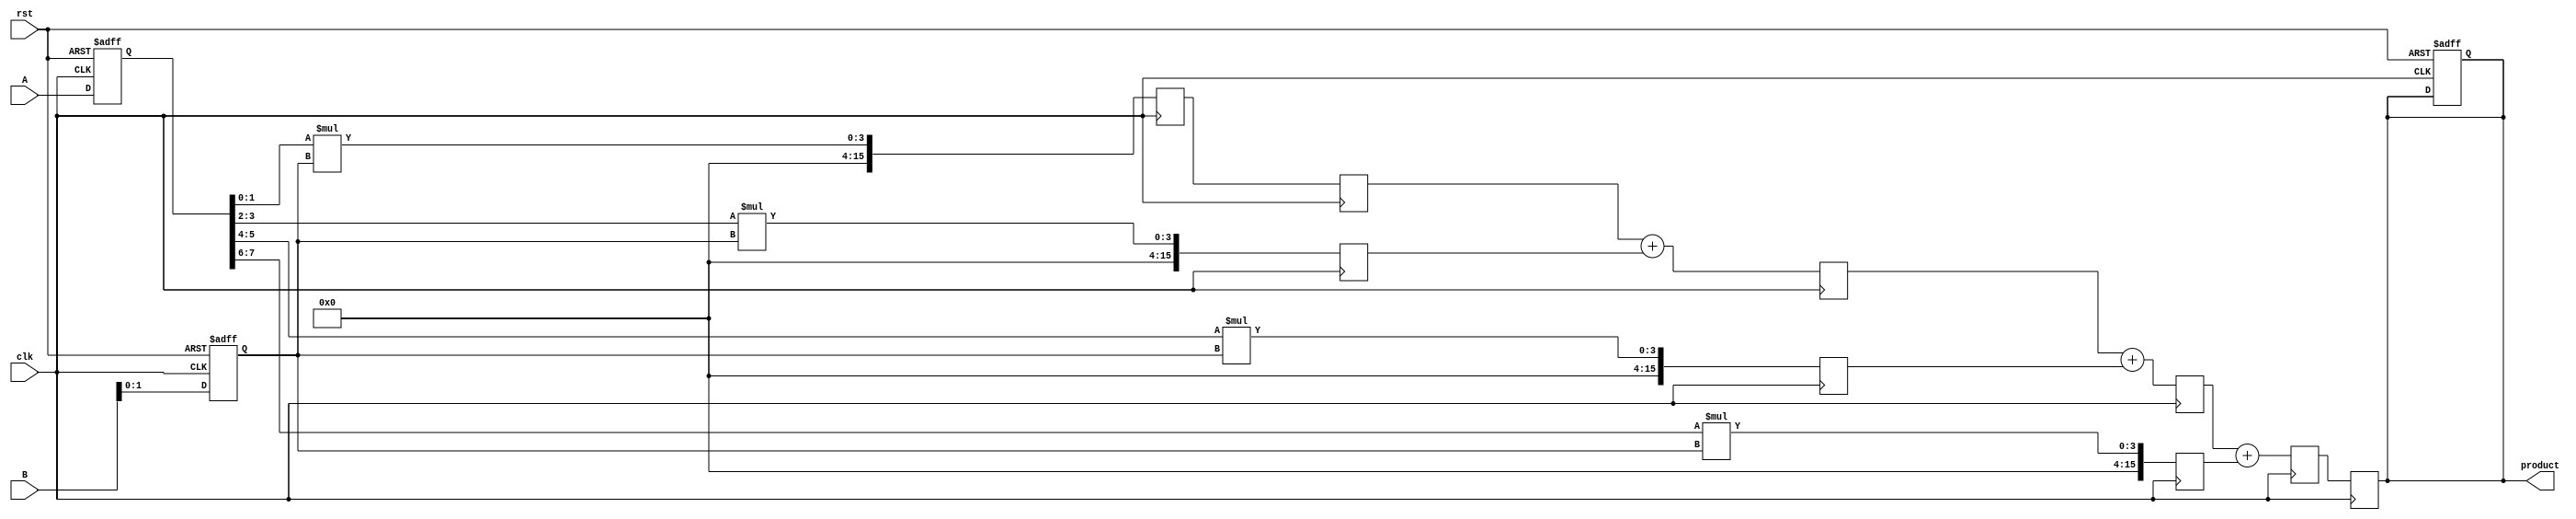
module pipelined_sliced_multiplier (
    input clk,
    input rst,
    input [7:0] A, // First operand
    input [7:0] B, // Second operand
    output reg [15:0] product // Product output
);

    // Parameters for slicing
    parameter NUM_SLICES = 4; // Number of slices
    parameter SLICE_WIDTH = 2; // Width of each slice (8 bits / 4 slices = 2 bits per slice)

    // Intermediate signals
    reg [7:0] A_reg, B_reg;
    reg [15:0] partial_products [0:NUM_SLICES-1];
    reg [15:0] sum_reg [0:NUM_SLICES-1];
    reg [15:0] final_sum;
    integer i;

    // Pipeline registers
    reg [15:0] pp_stage [0:NUM_SLICES-1]; // Partial product stage
    reg [15:0] sum_stage [0:NUM_SLICES-1]; // Sum stage

    // Control logic for resetting and loading inputs
    always @(posedge clk or posedge rst) begin
        if (rst) begin
            A_reg <= 0;
            B_reg <= 0;
            product <= 0;
        end else begin
            A_reg <= A;
            B_reg <= B;
        end
    end

    // Partial Product Generation
    always @(posedge clk) begin
        for (i = 0; i < NUM_SLICES; i = i + 1) begin
            if (i == 0) begin
                pp_stage[i] <= A_reg[SLICE_WIDTH-1:0] * B_reg[SLICE_WIDTH-1:0];
            end else begin
                pp_stage[i] <= A_reg[(i+1)*SLICE_WIDTH-1:i*SLICE_WIDTH] * B_reg[SLICE_WIDTH-1:0];
            end
        end
    end

    // Accumulate Partial Products
    always @(posedge clk) begin
        sum_stage[0] <= pp_stage[0];
        for (i = 1; i < NUM_SLICES; i = i + 1) begin
            sum_stage[i] <= sum_stage[i-1] + pp_stage[i];
        end
    end

    // Final Output Stage
    always @(posedge clk) begin
        product <= sum_stage[NUM_SLICES-1];
    end

endmodule